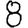
Digit: 8